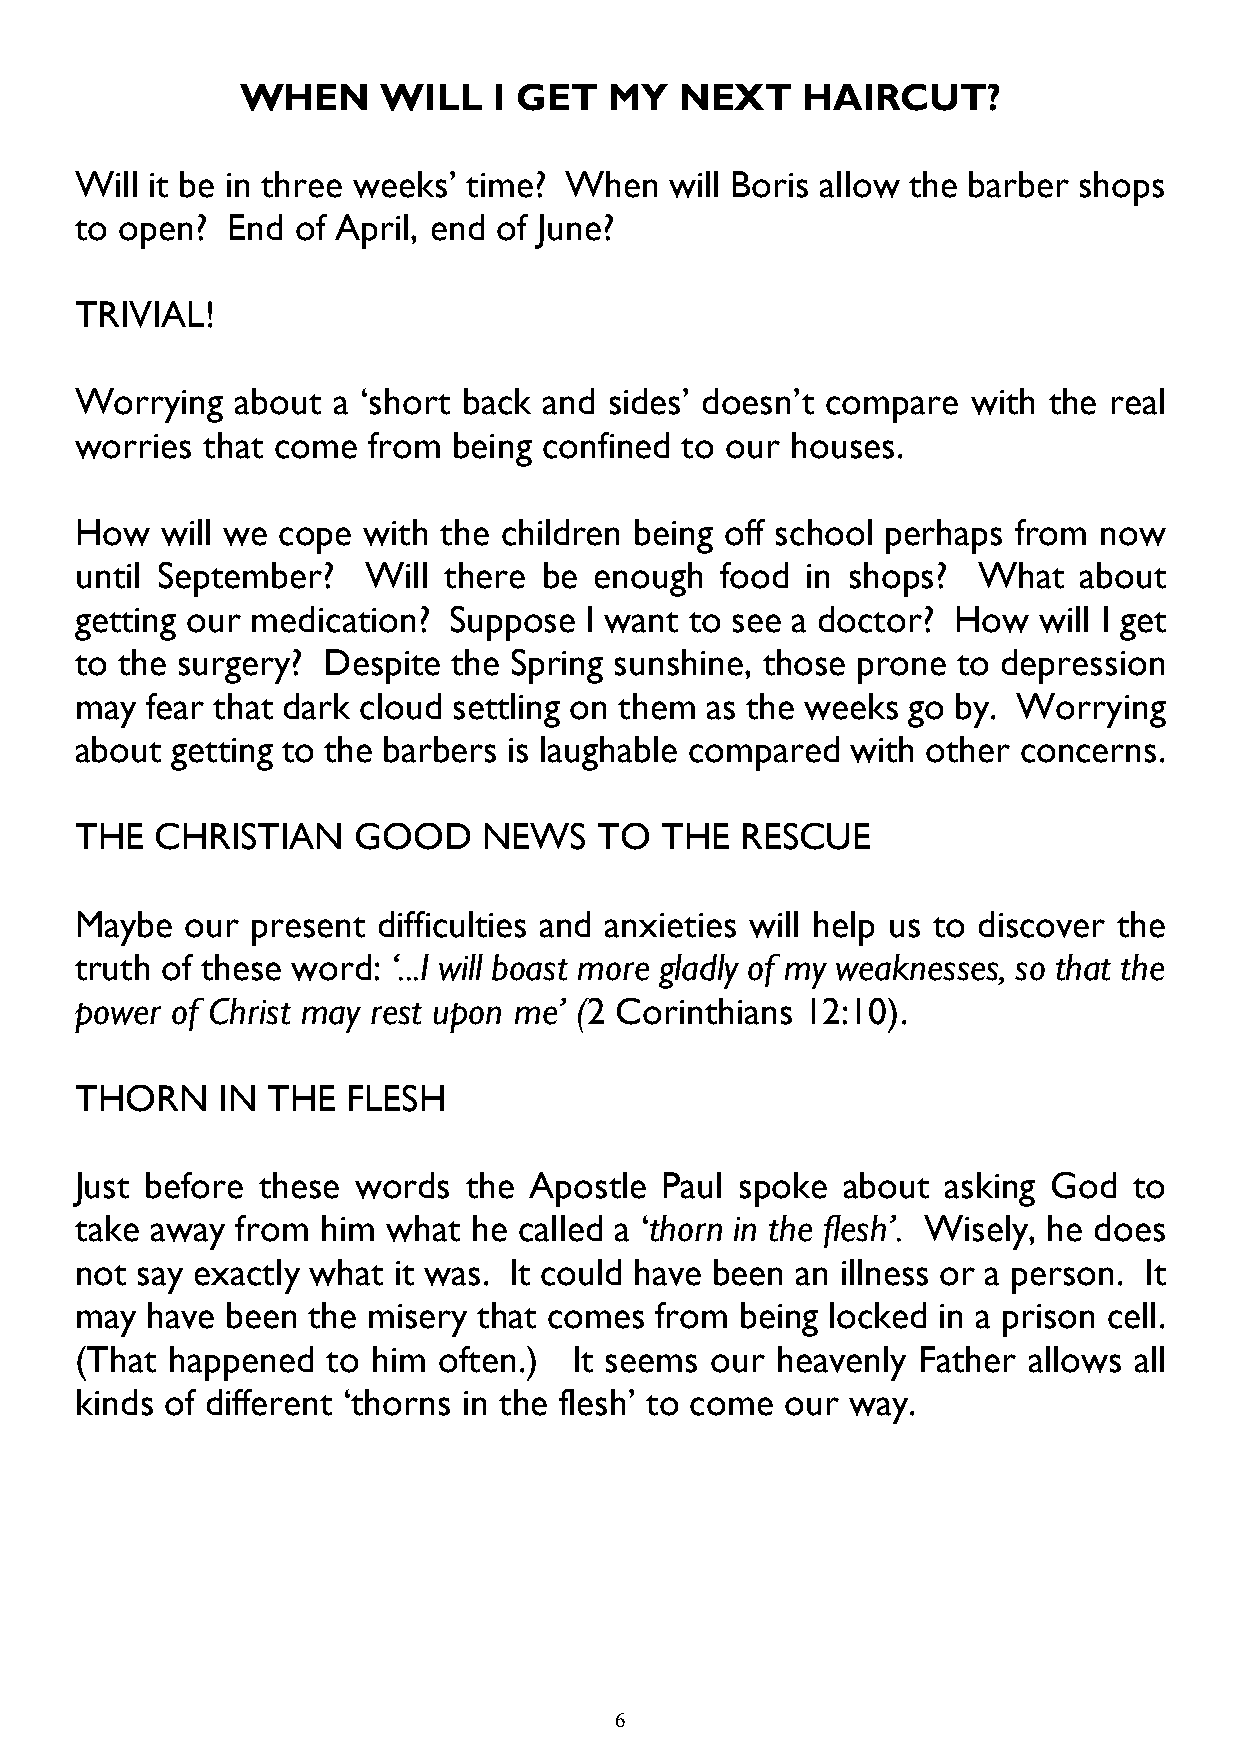
WHEN     WILL    I GET  MY   NEXT    HAIRCUT?
 Will it be in three weeks’ time? When  will Boris allow the barber shops
 to open?  End  of April, end of June?
 TRIVIAL!
 Worrying   about a ‘short back and sides’ doesn’t compare  with the real
 worries that come  from  being confined to our houses.
 How   will we cope with the children being off school perhaps from  now
 until September?   Will there  be enough   food in shops?   What  about
 getting our medication?  Suppose  I want to see a doctor? How   will I get
 to the surgery? Despite  the Spring sunshine, those prone to depression
 may  fear that dark cloud settling on them as the weeks go by. Worrying
 about getting to the barbers is laughable compared with other concerns.
 THE  CHRISTIAN    GOOD     NEWS   TO   THE  RESCUE
 Maybe  our  present difficulties and anxieties will help us to discover the
 truth of these word: ‘...I will boast more gladly of my weaknesses, so that the
 power of Christ may rest upon me’ (2 Corinthians 12:10).
 THORN    IN  THE  FLESH
 Just before these  words  the Apostle  Paul spoke  about  asking God  to
 take away  from him  what he called a ‘thorn in the flesh’. Wisely, he does
 not say exactly what it was. It could have been an illness or a person. It
 may  have been the misery  that comes from  being locked in a prison cell.
 (That happened   to him often.)  It seems our heavenly  Father allows all
 kinds of different ‘thorns in the flesh’ to come our way.
 6